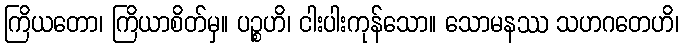
ကြိယတော၊ ကြိယာစိတ်မှ။ ပဉ္စဟိ၊ ငါးပါးကုန်သော။ သောမနဿ သဟဂတေဟိ၊